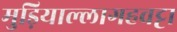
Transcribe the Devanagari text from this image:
मुड़ियाल्लागहवट्टा